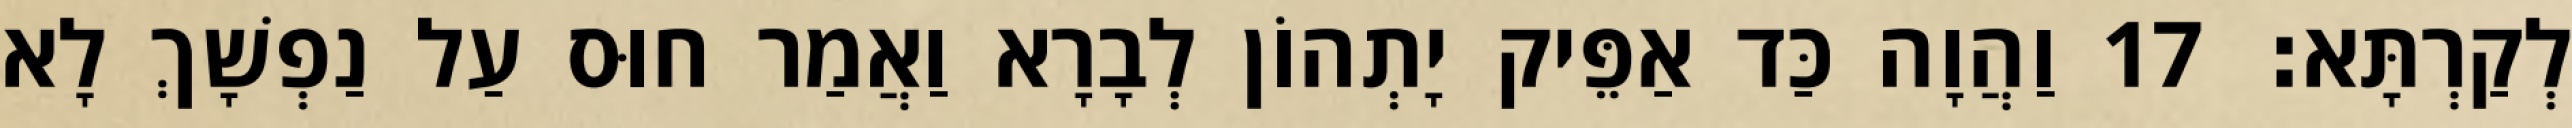
לְקַרְתָּא׃ 17 וַהֲוָה כַּד אַפֵּיק יָתְהוֹן לְבָרָא וַאֲמַר חוּס עַל נַפְשָׁךְ לָא